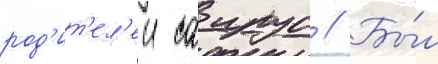
род'ит'ел'еи саирус // Бы́л